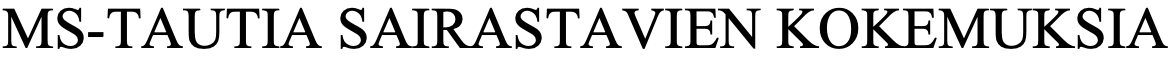
MS-TAUTIA  SAIRASTAVIEN  KOKEMUKSIA